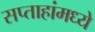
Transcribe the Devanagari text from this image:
सप्ताहांमध्ये